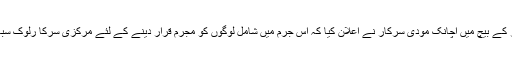
لیکن گجرات الیکشن کی تشہیر کے بیچ میں اچانک مودی سرکار نے اعلان کیا کہ اس جرم میں شامل لوگوں کو مجرم قرار دینے کے لئے مرکزی سرکا رلوک سبھا میں ایک بل پیش کرے گی۔